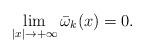
LaTeX: \begin{align*}\lim_{|x|\to+\infty} \bar{\omega}_k(x) =0.\end{align*}